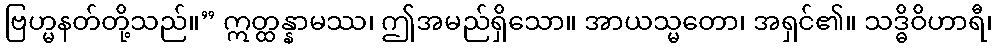
ဗြဟ္မနတ်တို့သည်။” ဣတ္ထန္နာမဿ၊ ဤအမည်ရှိသော။ အာယသ္မတော၊ အရှင်၏။ သဒ္ဓိဝိဟာရီ၊